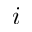
i